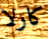
كارلا